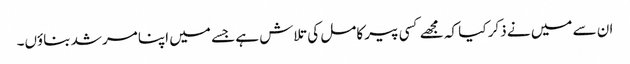
ان سے میں نے ذکر کیا کہ مجھے کسی پیر کامل کی تلاش ہے جسے میں اپنا مرشد بناؤں۔